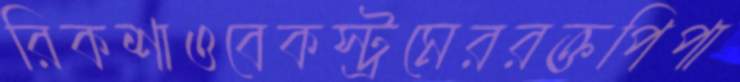
রিকশাওবেকস্ট্রমেররক্তপিপা